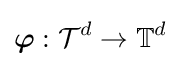
{\boldsymbol {\varphi }}:{\mathcal {T}}^{d}\rightarrow \mathbb {T} ^{d}